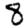
Digit: 8